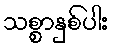
သစ္စာနှစ်ပါး